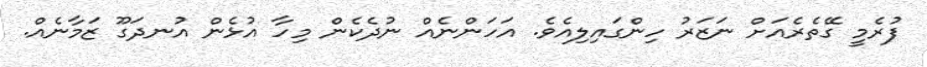
ފުރެމީ ގޭތެރެއަށް ނަޒަރު ހިންގައިލިއެވެ. އަހަންނެއް ނުދެކެން މިހާ އުޅެން އުނދަގޫ ޒަމާނެއް.